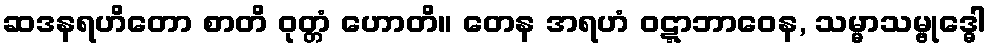
ဆဒနရဟိတော စာတိ ဝုတ္တံ ဟောတိ။ တေန အရဟံ ဝဋ္ဋာဘာဝေန, သမ္မာသမ္ဗုဒ္ဓေါ